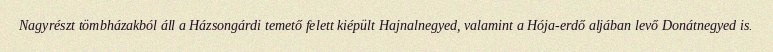
Nagyrészt tömbházakból áll a Házsongárdi temető felett kiépült Hajnalnegyed, valamint a Hója-erdő aljában levő Donátnegyed is.